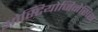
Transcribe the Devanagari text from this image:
ओस्टियोजिनेसिस